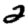
Digit: 2